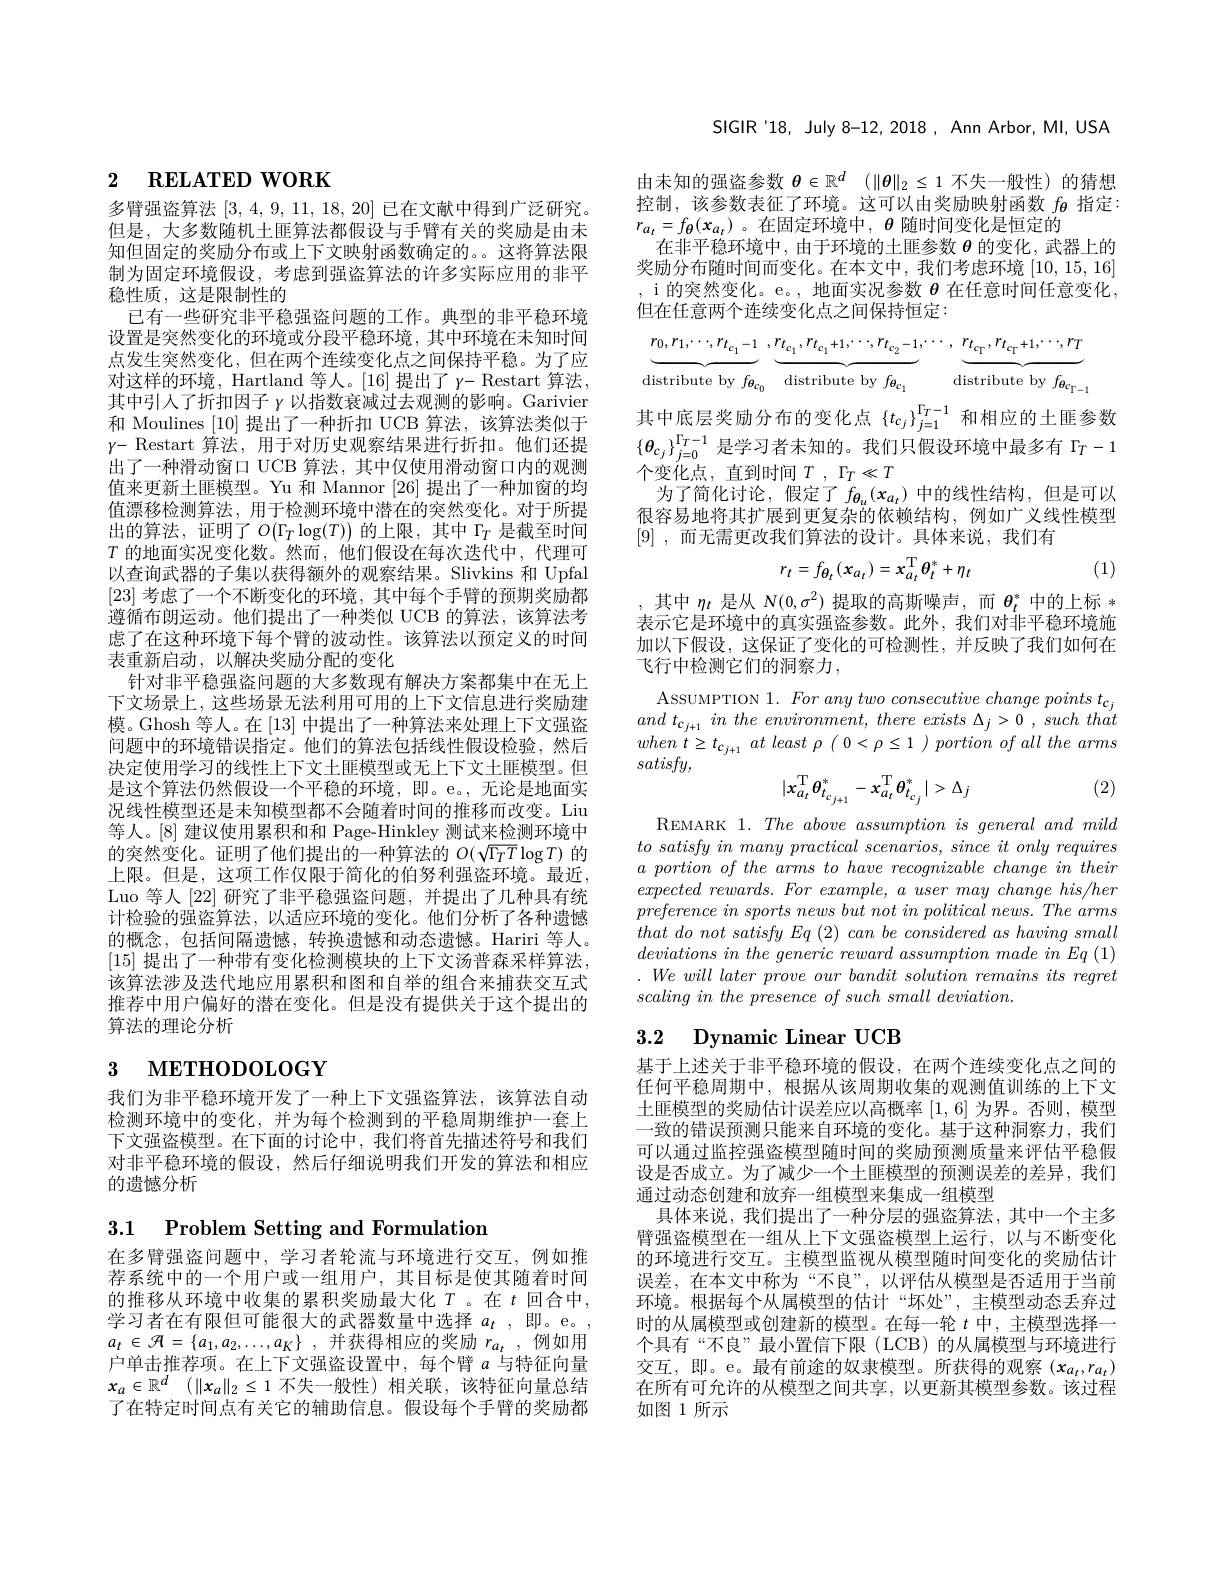
# 2 $\textbf{RELATED WORK}$

多臂强盗算法[3,4,9,11,18,20]已在文献中得到广泛研究。但是，大多数随机土匪算法都假设与手臂有关的奖励是由未知但固定的奖励分布或上下文映射函数确定的。。这将算法限制为固定环境假设，考虑到强盗算法的许多实际应用的非平稳性质，这是限制性的
已有一些研究非平稳强盗问题的工作。典型的非平稳环境设置是突然变化的环境或分段平稳环境，其中环境在未知时间点发生突然变化，但在两个连续变化点之间保持平稳。为了应对这样的环境，Hartland 等人。[16]提出了 $y-$ Restart 算法， 其中引人了折扣因子$\gamma$以指数衰减过去观测的影响。Garivier 和 Moulines [10]提出了一种折扣 UCB 算法，该算法类似于$\gamma-$ Restart 算法，用于对历史观察结果进行折扣。他们还提出了一种滑动窗口 UCB 算法，其中仅使用滑动窗口内的观测值来更新土匪模型。Yu 和 Mannor [26] 提出了一种加窗的均值漂移检测算法，用于检测环境中潜在的突然变化。对于所提出的算法，证明了$O(\Gamma_T\log(T))$的上限，其中$\Gamma_T$是截至时间$T$的地面实况变化数。然而，他们假设在每次迭代中，代理可以查询武器的子集以获得额外的观察结果。Slivkins 和 Upfal [23]考虑了一个不断变化的环境，其中每个手臂的预期奖励都遵循布朗运动。他们提出了一种类似 UCB 的算法，该算法考虑了在这种环境下每个臂的波动性。该算法以预定义的时间表重新启动，以解决奖励分配的变化
针对非平稳强盗问题的大多数现有解决方案都集中在无上下文场景上，这些场景无法利用可用的上下文信息进行奖励建模。Ghosh 等人。在[13]中提出了一种算法来处理上下文强盗问题中的环境错误指定。他们的算法包括线性假设检验，然后决定使用学习的线性上下文土匪模型或无上下文土匪模型。但是这个算法仍然假设一个平稳的环境，即。e。,无论是地面实况线性模型还是未知模型都不会随着时间的推移而改变。Liu 等人。[8] 建议使用累积和和 Page-Hinkley 测试来检测环境中的突然变化。证明了他们提出的一种算法的$O(\sqrt{\Gamma_TT}\log T)$的上限。但是，这项工作仅限于简化的伯努利强盗环境。最近， Luo 等人[22]研究了非平稳强盗问题，并提出了几种具有统计检验的强盗算法，以适应环境的变化。他们分析了各种遗憾的概念，包括间隔遗憾，转换遗憾和动态遗憾。Hariri 等人。[15] 提出了一种带有变化检测模块的上下文汤普森采样算法， 该算法涉及迭代地应用累积和图和自举的组合来捕获交互式推荐中用户偏好的潜在变化。但是没有提供关于这个提出的算法的理论分析
$_{3}$ мЕТНОDOLOGY

我们为非平稳环境开发了一种上下文强盗算法，该算法自动检测环境中的变化，并为每个检测到的平稳周期维护一套上下文强盗模型。在下面的讨论中，我们将首先描述符号和我们对非平稳环境的假设，然后仔细说明我们开发的算法和相应的遗憾分析

3.1 Problem Setting and Formulation

在多臂强盗问题中，学习者轮流与环境进行交互，例如推荐系统中的一个用户或一组用户，其目标是使其随着时间的推移从环境中收集的累积奖励最大化$T$ 。在$t$回合中， 学习者在有限但可能很大的武器数量中选择$a_t$,即。e。, $a_t\in {\mathcal{H} }= \{ a_1, a_2, \ldots , a_K\}$ , 并获得相应的奖励 $r_a_t\:$,例如用户单击推荐项。在上下文强盗设置中，每个臂$a$与特征向量$x_a\in \mathbb{R} ^d$ $( \| x_a\| _2\leq 1$不失一般性)相关联，该特征向量总结了在特定时间点有关它的辅助信息。假设每个手臂的奖励都

SIGIR'18, July 8-12, 2018, Ann Arbor, MI, USA

由未知的强盗参数$\theta \in \mathbb{R} ^d$ $( \| \theta \| _2\leq 1$不失一般性)的猜想控制，该参数表征了环境。这可以由奖励映射函数$f_{\boldsymbol{\theta}}$指定： $r_{a_t}=f_{\theta}(x_{a_t})$。在固定环境中$,\boldsymbol{\theta}$随时间变化是恒定的
在非平稳环境中，由于环境的土匪参数$\theta$的变化，武器上的奖励分布随时间而变化。在本文中，我们考虑环境$\left[10,15,16\right]$ , i 的突然变化。e。, 地面实况参数 $\theta$ 在任意时间任意变化， 但在任意两个连续变化点之间保持恒定：
$$\underbrace{r_{0},r_{1},\cdots,r_{t_{c_{1}}-1}}_{\mathrm{distribute~by~}f_{\theta_{c_{0}}}}\:,\underbrace{r_{t_{c_{1}}},r_{t_{c_{1}}+1},\cdots,r_{t_{c_{2}}-1}}_{\mathrm{distribute~by~}f_{\theta_{c_{1}}}}\cdots\:,\underbrace{r_{t_{c_{\Gamma}}},r_{t_{c_{\Gamma}}+1},\cdots,r_{T}}_{\mathrm{distribute~by~}f_{\theta_{c_{\Gamma-1}}}}$$
其 中 底 层 奖 励 分 布 的 变 化 点 $\left \{ t_{cj}\right \} _{j= 1}^{\Gamma _T- 1}$和 相 应 的 土 匪 参 数 $\left\{\theta_{cj}\right\}_{j=0}^{\Gamma_T-1}\text{是学习者未知的。我们只假设环境中最多有}^{\Gamma_T-1}\Gamma_T-1$ 众 亦 化 占 古 匈 时 间 $T_T- \alpha ^T$
个变化点，直到时间$T,\Gamma_T\ll T$
为了简化讨论，假定了$f_{\theta_u}(x_{a_t})$中的线性结构，但是可以很容易地将其扩展到更复杂的依赖结构，例如广义线性模型[9] , 而无需更改我们算法的设计。具体来说，我们有
$$r_{t}=f_{\theta_{t}}(x_{a_{t}})=x_{a_{t}}^{\mathrm{T}}\theta_{t}^{*}+\eta_{t}$$
(1)

,其中$\eta_t$是从$N(0,\sigma^2)$提取的高斯噪声，而$\theta_t^*$中的上标* 表示它是环境中的真实强盗参数。此外，我们对非平稳环境施加以下假设，这保证了变化的可检测性，并反映了我们如何在飞行中检测它们的洞察力，
ASSUMPTION $1.\textit{For any two consecutive change points t}_{c_j}$ and $t_{c_{j+ 1}}$ $in$ the $environment$, there exists $\Delta _{j}> 0$ , such that when $t\geq t_{c_{j+ 1}}$ $at$ least $\rho$ ( $0< \rho \leq 1$ ) portion $of$ all the arms $satisfy$,

(2)
$$|x_{a_t}^\mathrm{T}\theta_{t_{c_{j+1}}}^*-x_{a_t}^\mathrm{T}\theta_{t_{c_j}}^*|>\Delta_j$$
REMARK 1. The above assumption is general and mild $tosatisfyinmanypracticalscenarios,sinceitonlyrequires$ $a\textit{ portion of the arms to have recognizable change in their}$ expected rewards. For example, a user may change his/her $preference in sports news but not in political news. The arms$ $that\textit{ do not satisfy Eq ( 2) can be considered as having small}$ $\textit{deviations in the generic reward assumption made in Eq ( 1) }$ $.Wewilllaterproveourbanditsolutionremainsitsregret$ $scaling in the presence of such small deviation.$

# 3.2 Dynamic Linear UCB

基于上述关于非平稳环境的假设，在两个连续变化点之间的任何平稳周期中，根据从该周期收集的观测值训练的上下文土匪模型的奖励估计误差应以高概率[1,6]为界。否则，模型一致的错误预测只能来自环境的变化。基于这种洞察力，我们可以通过监控强盗模型随时间的奖励预测质量来评估平稳假设是否成立。为了减少一个土匪模型的预测误差的差异，我们通过动态创建和放弃一组模型来集成一组模型
具体来说，我们提出了一种分层的强盗算法，其中一个主多臂强盗模型在一组从上下文强盗模型上运行，以与不断变化的环境进行交互。主模型监视从模型随时间变化的奖励估计误差，在本文中称为“不良”,以评估从模型是否适用于当前环境。根据每个从属模型的估计“坏处”,主模型动态丢弃过时的从属模型或创建新的模型。在每一轮$t$中，主模型选择一个具有“不良”最小置信下限(LCB)的从属模型与环境进行交 互 , 即 。e。最 有 前 途 的 奴 隶 模 型 。所 获 得 的 观 察 $\left ( x_{a_t}, r_{a_t}\right )$ 在 所 有 可 允 许 的 从 模 型 之 间 共 享 , 以 更 新 其 模 型 参 数 。该 过 程如图 1 所示